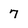
Character: 7